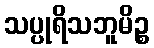
သပ္ပုရိသဘူမိဉ္စ